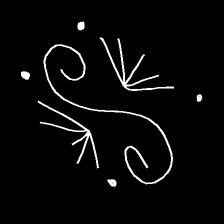
Glyph: aeroform